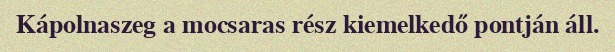
Kápolnaszeg a mocsaras rész kiemelkedő pontján áll.